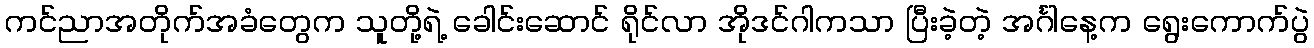
ကင်ညာအတိုက်အခံတွေက သူတို့ရဲ့ ခေါင်းဆောင် ရိုင်လာ အိုဒင်ဂါကသာ ပြီးခဲ့တဲ့ အင်္ဂါနေ့က ရွေးကောက်ပွဲ